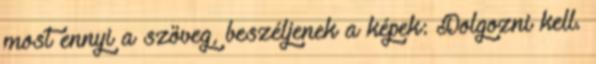
most ennyi a szöveg, beszéljenek a képek: Dolgozni kell.